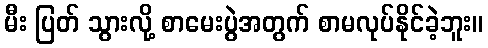
မီး ပြတ် သွားလို့ စာမေးပွဲအတွက် စာမလုပ်နိုင်ခဲ့ဘူး။